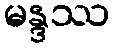
မန္ဒဿ